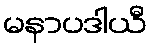
မနာပဒါယီ